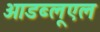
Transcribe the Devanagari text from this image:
ओडब्लूएल